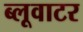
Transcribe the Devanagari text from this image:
ब्लूवाटर